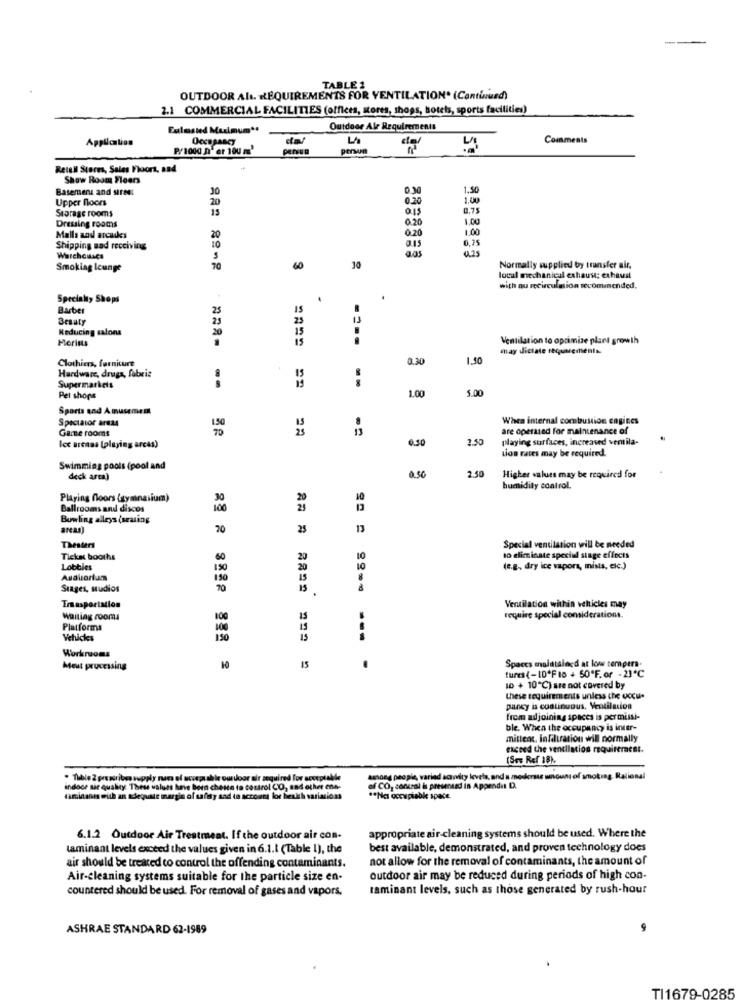
TABLE 2
OUTDOOR Ali. REQUIREMENTS FOR VENTILATION. (Continued)
2.1 COMMERCIAL FACILITIES (offices, stores, shops, hotels, sports facilities)
Eulmsted Maximum **
Outdoor Alr Requirements
Application
Comments
P/1000 D'er 100 m'
Retail Stores, Sales Floors, and
Show Room Floors
Basement and street
30
030
1.50
Upper floors
0.20
1.00
Storage rooms
0.15
0,75
15
0.20
1.00
Dressing rooms
1.00
Malla and arcuskes
20
0.20
Shipping sad receiving
10
aas
0,75
Warchouses
5
Smoking leunge
70
60
30
Normally supplied by transfer air.
local mechanical exhaust: exhaust
with nu recirculation wcominended.
Special, Shops
.
Barber
25
IS
Beauty
25
13
Reducing salons
15
Morins
15
Ventilation to optimize plant growth
may dictate recpements
Clothiers, furniture
0,30
1.50
Hardware, drugs, fabrie
Supermarkets
5.00
Pet shops
1.00
Sports and Amusement
Spectator areas
When internal combustion engines
Game rooms
22
13
are operated for maintenance of
0.10
2.50
playing surfaces, increased ventila-
Ice arenas (playing arcas)
Lion rates may be required.
Swimming pools (pool and
2.50
deck area)
0.50
Higher values may be required for
humidity control.
Playing floors (gymnasium)
Ballrooms and discos
Bowling alleys (seating
areas)
70
25
Thestars
Special ventilation will be needed
Ticket booths
60
to eliminate special singe effects
Lobbies
150
(e.g ., dry ice vapors, miss, cic.)
Auditorias
150
Stages, studios
70
15
Trasportation
Ventilation within vehicles may
waiting rooms
100
15
require special considerations.
Platforma
Vehicles
150
13
== = ==== ===
Workruoms
Spaces maintained at low tempera.
Meut processing
2
15
tures (-10*Fio + 50ºF.or -21℃
10 + 10"℃) are not covered by
these requirements unless the occu.
pancy is coolinvous. Ventilation
from adjoining spaces is permissi-
ble. When the occupancy is inter-
mitteat, Infiltration will normally
exceed the ventilation requirement.
(See Ref 18).
· Tuble 2 pressribes supply rums of acospuable oudoor air required for acceptable
Among people, varied acavity levels, and a medierse amount of smoting. Rational
indoce air quality: These values hunve been chette to control CO, and other ens-
of CO, conceal is presented in Appendit D.
taminanes with an adequate margin of safety sad to account for health variations
** Nes occupiable spe
6.1.2 Outdoor Air Treatment. If the outdoor air con-
appropriate air-cleaning systems should be used. Where the
taminant levels exceed the values given in 6.1.1 (Table 1), the
best available, demonstrated, and proven technology does
not allow for the removal of contaminants, the amount of
air should be treated to control the offending contaminants.
Air-cleaning systems suitable for the particle size en-
outdoor air may be reduced during periods of high con-
countered should be used. For removal of gases and vapors.
taminant levels, such as those generated by rush-hour
ASHRAE STANDARD 62-1989
TI1679-0285